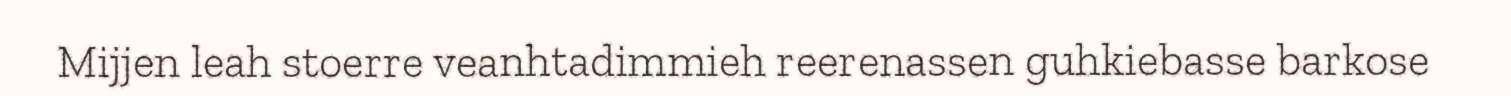
Mijjen leah stoerre veanhtadimmieh reerenassen guhkiebasse barkose